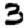
Digit: 3